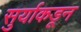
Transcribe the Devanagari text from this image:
सुर्याकडून